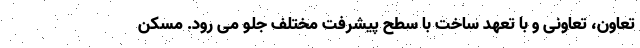
تعاون، تعاونی و با تعهد ساخت با سطح پیشرفت مختلف جلو می رود. مسکن